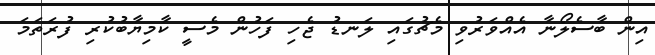
އިން ބާސެލޯނާ އެއްވަރުވި މެޗުގައި ލަނޑު ޖެހި ފަހުން މެސީ ކާމިޔާބުކުރި ފުރަތަމަ